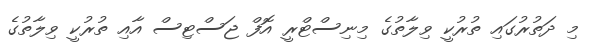
މި ދަތުރުގައި ތުރުކީ ވިލާތުގެ މިނިސްޓްރީ އޮފް ޖަސްޓިސް އާއި ތުރުކީ ވިލާތުގެ